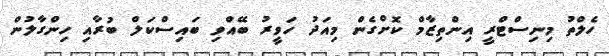
ހެލްތު މިނިސްޓްރީ އިންތިޒާމް ކޮށްގެން މިއަދު ހަވީރު ބޭއްވި ބައިސްކަލް ބުރާއި ހިންގާލުން